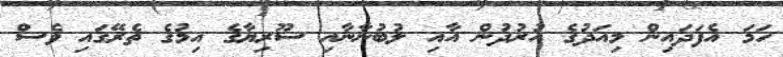
ހަމަ އެފަދައިން މިއަދުގެ އުރުދުން އާއި ލުބުނާނާއި ސޫރިޔާގެ އިމުގެ ތެރޭގައި ވެސް